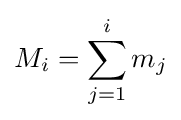
M_{i}=\sum _{j=1}^{i}{m_{j}}